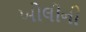
ખોલીની